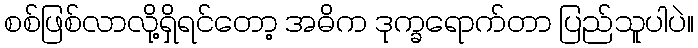
စစ်ဖြစ်လာလို့ရှိရင်တော့ အဓိက ဒုက္ခရောက်တာ ပြည်သူပါပဲ။